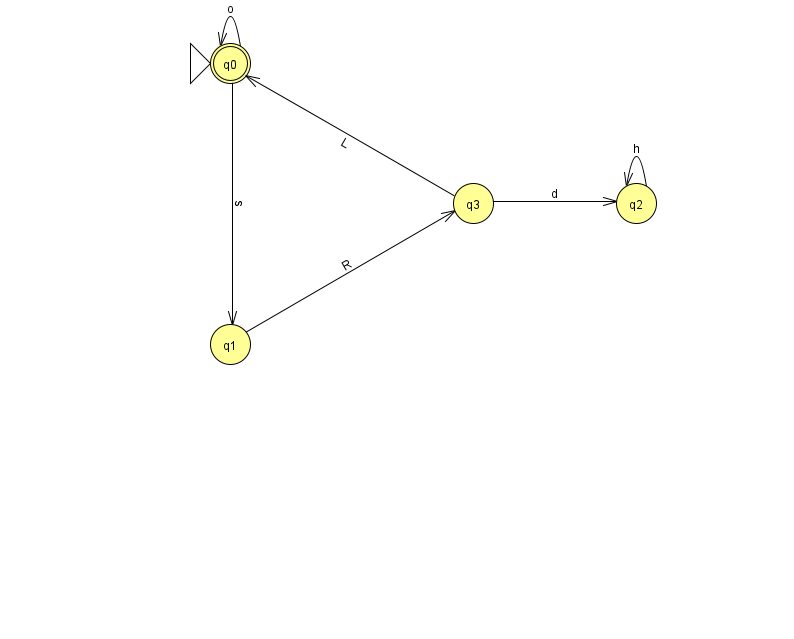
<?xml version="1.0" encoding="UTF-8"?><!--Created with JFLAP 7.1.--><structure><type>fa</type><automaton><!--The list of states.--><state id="0" name="q0"><x>230.0</x><y>50.0</y><initial/><final/></state><state id="1" name="q1"><x>230.0</x><y>331.0</y></state><state id="2" name="q2"><x>636.0</x><y>190.0</y></state><state id="3" name="q3"><x>473.0</x><y>190.0</y></state><!--The list of transitions.--><transition><from>3</from><to>2</to><read>d</read></transition><transition><from>2</from><to>2</to><read>h</read></transition><transition><from>3</from><to>0</to><read>L</read></transition><transition><from>1</from><to>3</to><read>R</read></transition><transition><from>0</from><to>0</to><read>o</read></transition><transition><from>0</from><to>1</to><read>s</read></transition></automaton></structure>